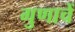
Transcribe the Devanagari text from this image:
गुणाचें